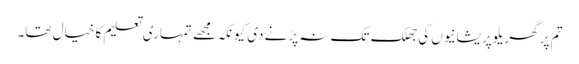
تم پر گھریلو پریشانیوں کی جھلک تک نہ پڑنے دی کیونکہ مجھے تمہاری تعلیم کا خیال تھا۔